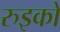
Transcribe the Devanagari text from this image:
रुइको